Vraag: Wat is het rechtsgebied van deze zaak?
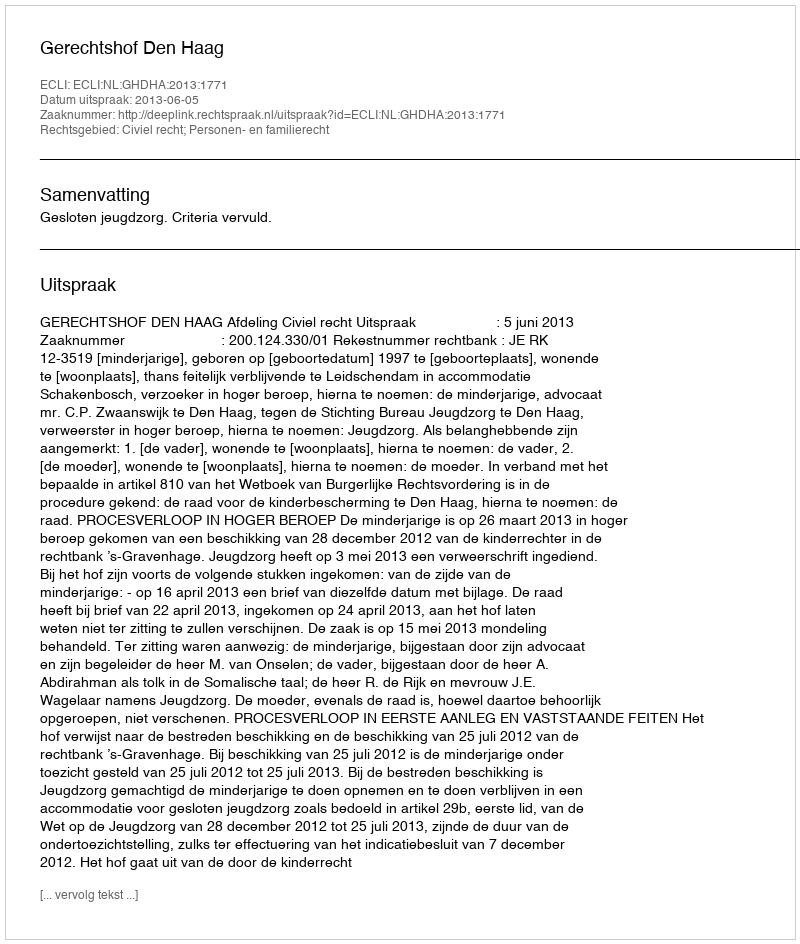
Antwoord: Civiel recht; Personen- en familierecht